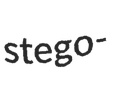
stego-